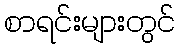
စာရင်းများတွင်